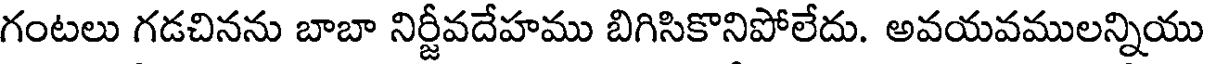
గంటలు గడచినను బాబా నిర్జీవదేహము బిగిసికొనిపోలేదు. అవయవములన్నియు